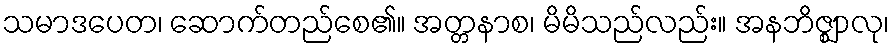
သမာဒပေတ၊ ဆောက်တည်စေ၏။ အတ္တနာစ၊ မိမိသည်လည်း။ အနဘိဇ္ဈာလု၊